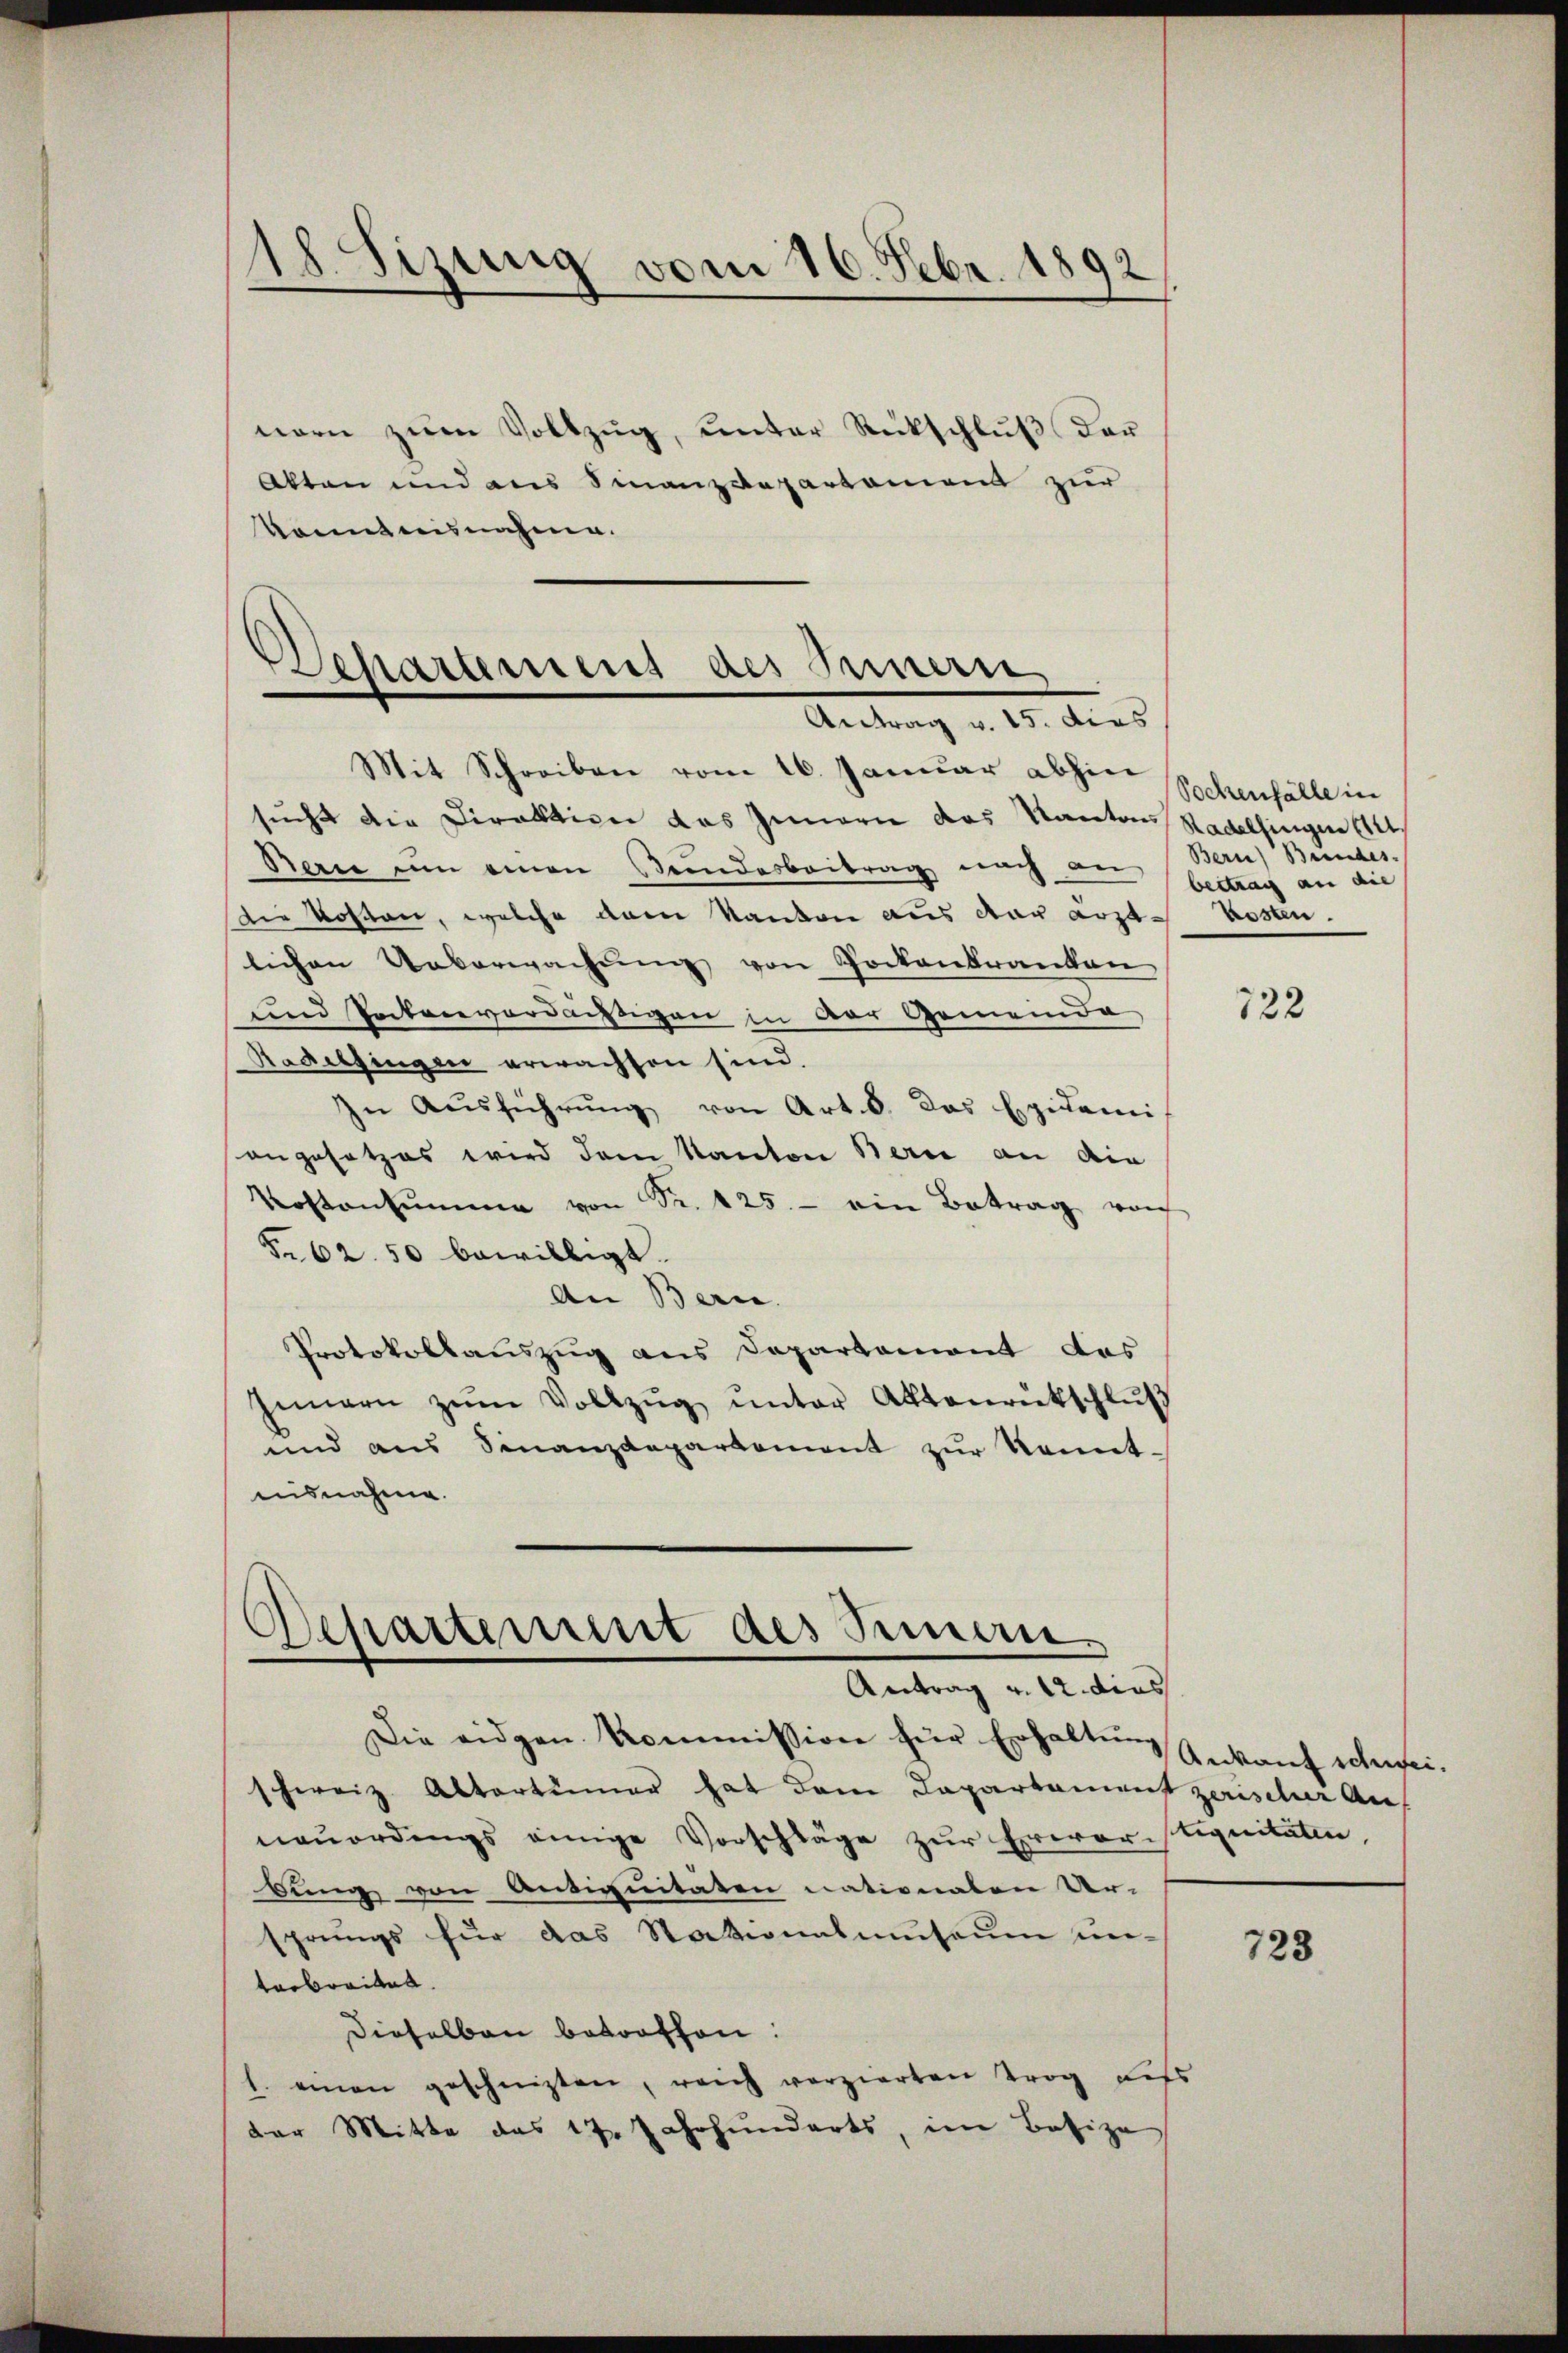
18. Sizung vom 16. Febr. 1892

nern zŭm Vollzŭg, ŭnter Rückschlŭβ der
Akten und aus Finanzdepartament zur
konntesnahme.

Schartemens des Innern
Antrag v. 15. dies

Mit Schreiben vom 16. Januar abhin
sucht die Direktion das Innern das Kantons Radelfingen 112
Bari um einen Stundesbeitrag nach an Baues Bundes.
Die Kosten, welche dem Kanton aus der Lost- Kosten.
lichen Ueberwachŭng von Pockenkranken
und Packenverdächtigen in der Gemeinde
Radelfingen erwachsen sind.
zu Ausführung von Art. 5. das Epidemi
angesetzes wird dem Kanton Bern an die
Kostensumme von Sr. 125. - ein Betrag vorh
§. 62. 50 bewilligt.
An Bern.
Protokollauszug aus Departement das
Innern zŭm Vollzŭg ŭnter Aktenrütschlŭβ
und aus Finanzdepartement zŭr Kennt-
nisnahme.
Departement des Semen.
Antrag v. 12. dies
Die eidgen Kommission für Erhaltung Ankauf schweischweiz. Altartiner hat dem Departament zerischer An-
neŭerdings einige Vorschläge zŭr Erwar-stiquitäten,
bung von Antiquitäten nationaten Ur-
sprungs für das Stationalmuseum un-
terbreiten.
Dieselben betroffen.
1. einen geschreizten, reich vorzierten Trog dess
der Mitte das 17. Jahrhunderts, im Besize

Sochenfälle in
bertrag an die

122

723